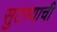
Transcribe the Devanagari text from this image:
सुटण्याची